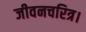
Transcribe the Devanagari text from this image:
जीवनचरित्र।